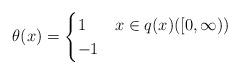
LaTeX: \begin{align*} \theta(x) = \begin{cases} 1 & x\in q(x)([0,\infty))\\ -1 & \end{cases} \end{align*}